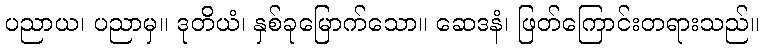
ပညာယ၊ ပညာမှ။ ဒုတိယံ၊ နှစ်ခုမြောက်သော။ ဆေဒနံ၊ ဖြတ်ကြောင်းတရားသည်။